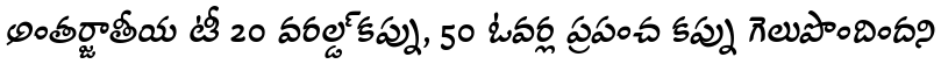
అంతర్జాతీయ టీ 20 వరల్డ్ కప్ను, 50 ఓవర్ల ప్రపంచ కప్ను గెలుపొందిందని